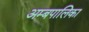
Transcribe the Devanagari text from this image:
अम्बपालिका